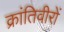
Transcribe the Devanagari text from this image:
क्रांतिवीरों